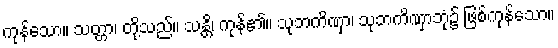
ကုန်သော။ သတ္တာ၊ တို့သည်။ သန္တိ၊ ကုန်၏။ သုဘကိဏှာ၊ သုဘကိဏှာဘုံ၌ ဖြစ်ကုန်သော။